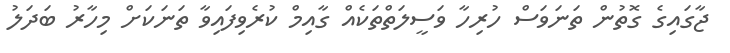
ޖާގައިގެ ގޮތުން ތަނަވަސް ހުރިހާ ވަސީލަތްތަކެއް ގާއިމް ކުރެވިފައިވާ ތަނަކަށް މިހާރު ބަދަލު